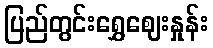
ပြည်တွင်းရွှေဈေးနှုန်း